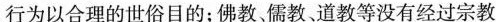
行为以合理的世俗目的；佛教、儒教道教等没有经过宗教